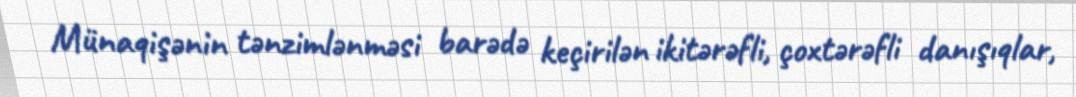
Münaqişənin tənzimlənməsi barədə keçirilən ikitərəfli, çoxtərəfli danışıqlar,